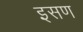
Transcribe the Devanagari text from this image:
इसण